Malaria in the Punjab - Number 46
Disease focus: Malaria
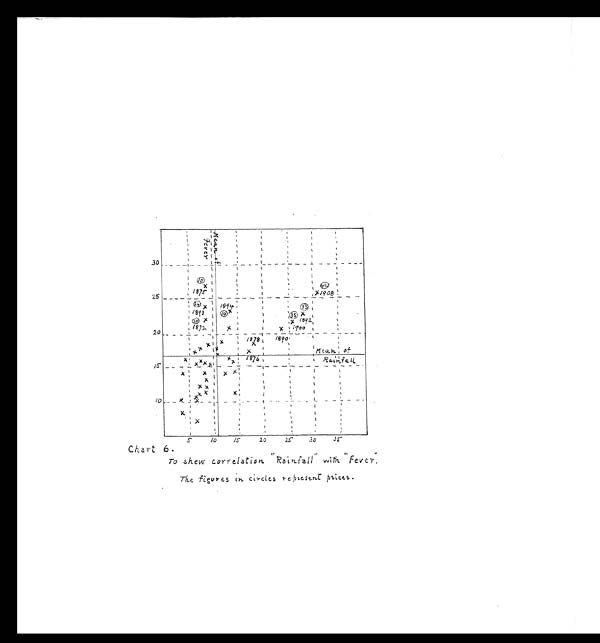
Chart 6.
To Shew Correlation "Rainfall" with "F e v e r . "
The figures in circles represent prices.